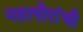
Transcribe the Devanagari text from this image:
महापौरांची